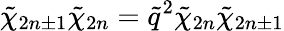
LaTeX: \tilde{\chi}_{2n\pm 1}\tilde{\chi}_{2n}=\tilde{q}^{2}\tilde{\chi}_{2n}\tilde{\chi}_{2n\pm 1}